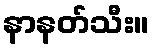
နာနတ်သီး။